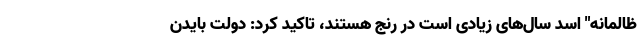
ظالمانه" اسد سال‌های زیادی است در رنج هستند، تاکید کرد: دولت بایدن